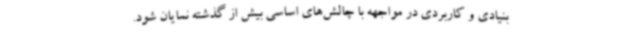
بنیادی و کاربردی در مواجهه با چالش‌های اساسی بیش از گذشته نمایان شود.